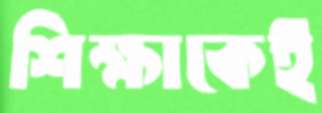
শিক্ষাকেই